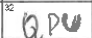
Transcription: QPU